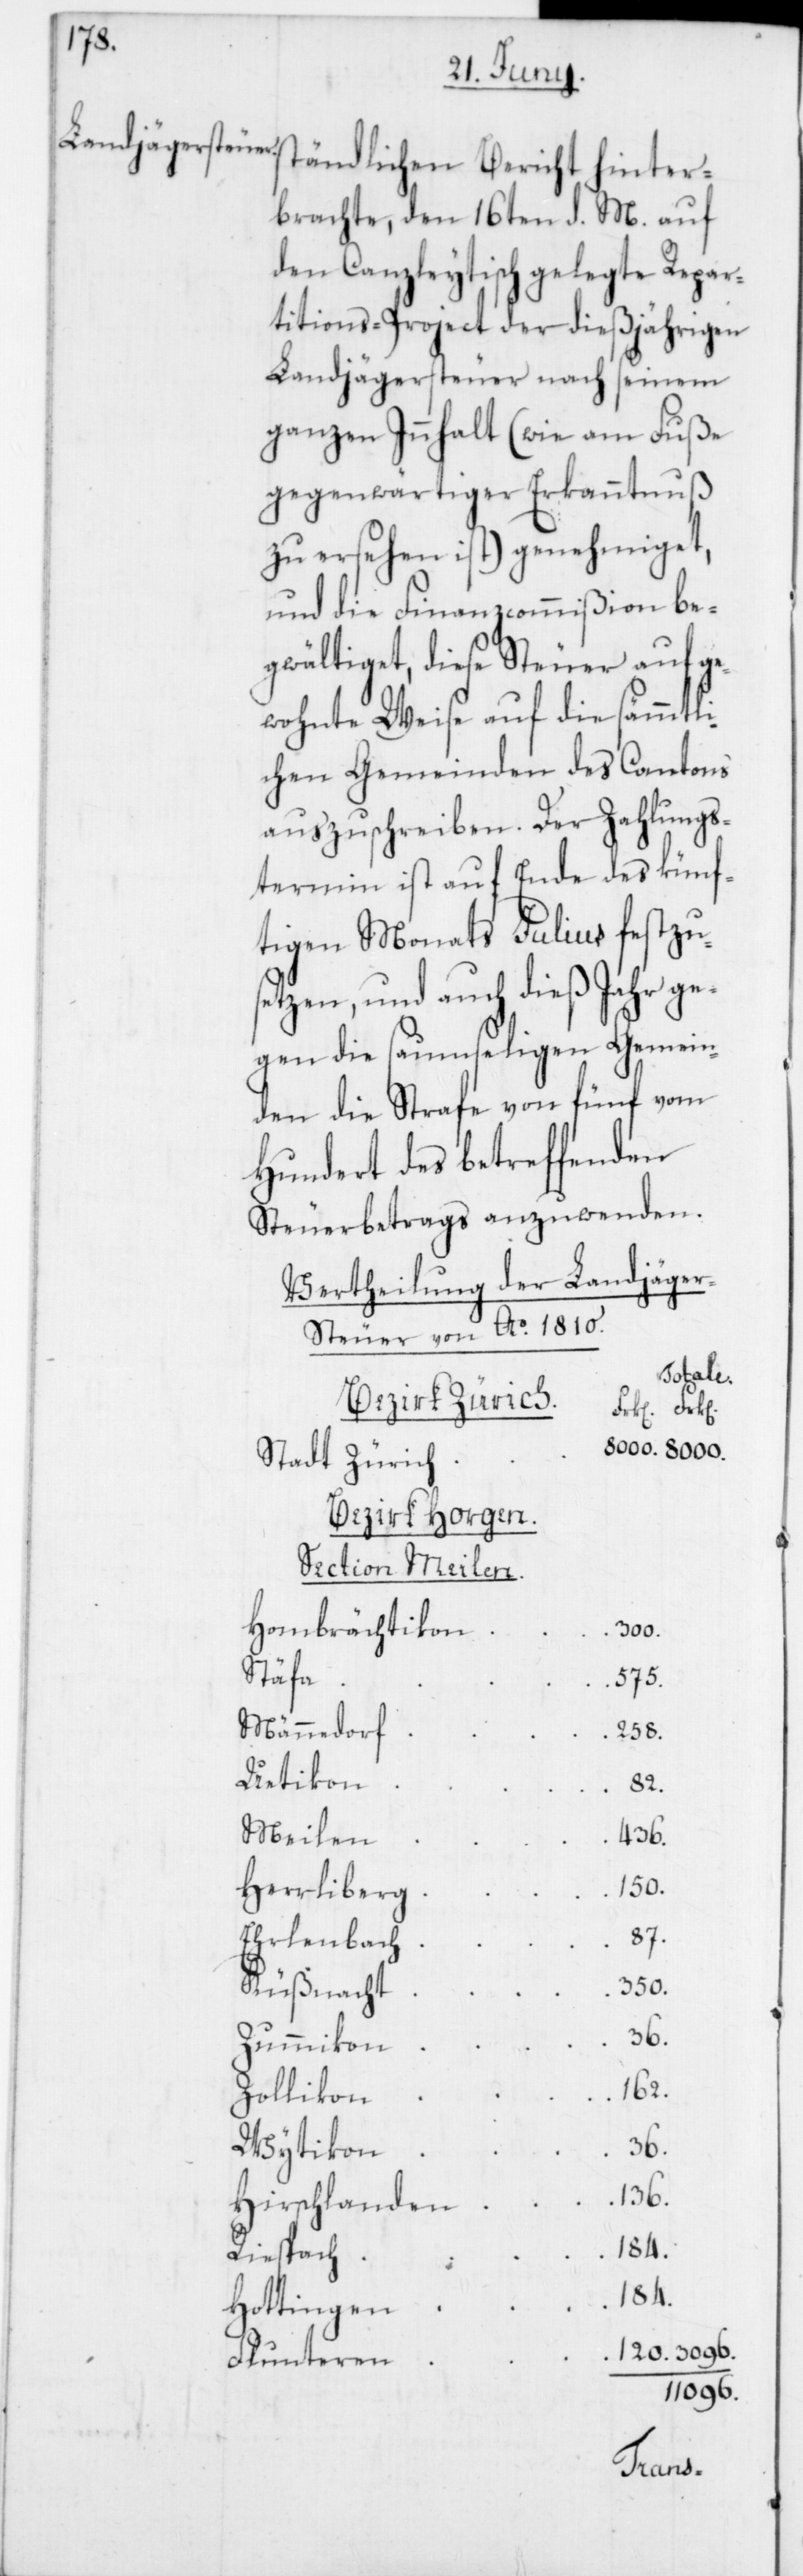
ändlichen Bericht hinter¬
brachte, den 16ten d. M. auf
den Canzleytisch gelegte Repar¬
titions-Project der dießjährigen
Landjägersteuer nach seinem
ganzen Innhalt (wie am Fuße
gegenwärtiger Erkanntnuß
zu ersehen ist) genehmiget,
und die Finanzcommißion be¬
gwältiget, diese Steuer auf ge¬
wohnte Weise auf die sämmtli¬
chen Gemeinden des Cantons
auszuschreiben. Der Zahlungs¬
termin ist auf Ende des künf¬
tigen Monats Julius festzu¬
setzen, und auch dieß Jahr ge¬
gen die saumseligen Gemein¬
den die Strafe von fünf vom
Hundert des betreffenden
Steuerbetrags anzuwenden.
Vertheilung der Landjäge¬
r-Steuer von Ao 1810.
Totale.
Bezirk Zürich.
Stadt Zürich
Bezirk Horgen.
Hombrächtikon
300.
Stäfa
575.
Männedorf
258.
Uetikon
82.
Meilen
436.
120.
Herrliberg
87.
Ehrlenbach
350.
Kußnacht
Zummikon
162.
Zollikon
3096.
Wytikon
136.
Hirschlanden
Riespach
184.
Hottingen
Flunteren